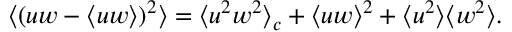
\langle ( u w - \langle u w \rangle ) ^ { 2 } \rangle = \langle u ^ { 2 } w ^ { 2 } \rangle _ { c } + \langle u w \rangle ^ { 2 } + \langle u ^ { 2 } \rangle \langle w ^ { 2 } \rangle .